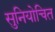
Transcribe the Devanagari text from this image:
सुनियोचित